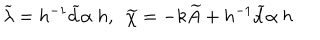
LaTeX: \widetilde { \lambda } = h ^ { - 1 } \widetilde { d } \alpha \ h , \ \ \widetilde { \chi } = - k \widetilde { A } + h ^ { - 1 } \widetilde { d } \alpha \ h